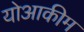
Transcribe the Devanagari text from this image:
योआकीम